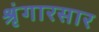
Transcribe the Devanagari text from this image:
श्रृंगारसार